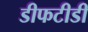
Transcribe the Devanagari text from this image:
डीफटीडी